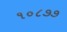
૧૦૮૭૭